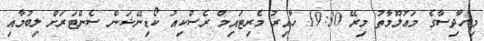
މިހާދިސާގެ މަޢުލޫމާތު މިރޭ 19:30 ހާއިރު މެރިޓައިމް ރެސްކިއު ކޯޑިނޭޝަން ސެންޓަރަށް ލިބުމާއި